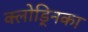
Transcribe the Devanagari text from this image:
क्लोड्निका